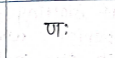
मजकूर: णः